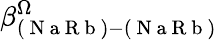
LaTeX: \beta_{(\mathrm{~N~a~R~b~})-(\mathrm{~N~a~R~b~})}^{\Omega}